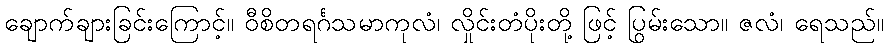
ချောက်ချားခြင်းကြောင့်။ ဝီစိတရင်္ဂသမာကုလံ၊ လှိုင်းတံပိုးတို့ ဖြင့် ပြွမ်းသော။ ဇလံ၊ ရေသည်။